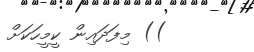
)) މިފަދައިން ކީމީހަކަށް